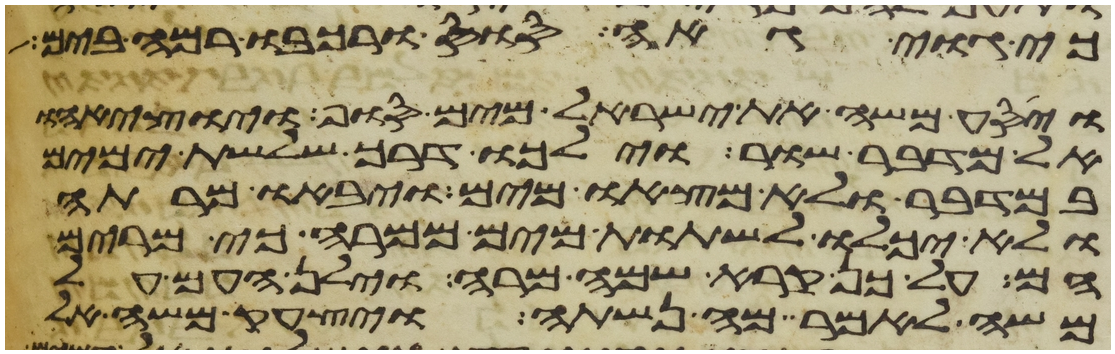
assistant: כי גוי גאה סוס ורכבו רמה בים
ויסע משה את ישראל מים סוף ויוציאהו
אל מדבר שור וילכו דרך שלשת ימים
במדבר ולא מצאו מים ויבאו מרתה
ולא יכלו לשתות מים ממרה כי מרים
הם על כן קרא שמה מרה וילן העם על
משה לאמר מה נשתה ויצעק משה אל